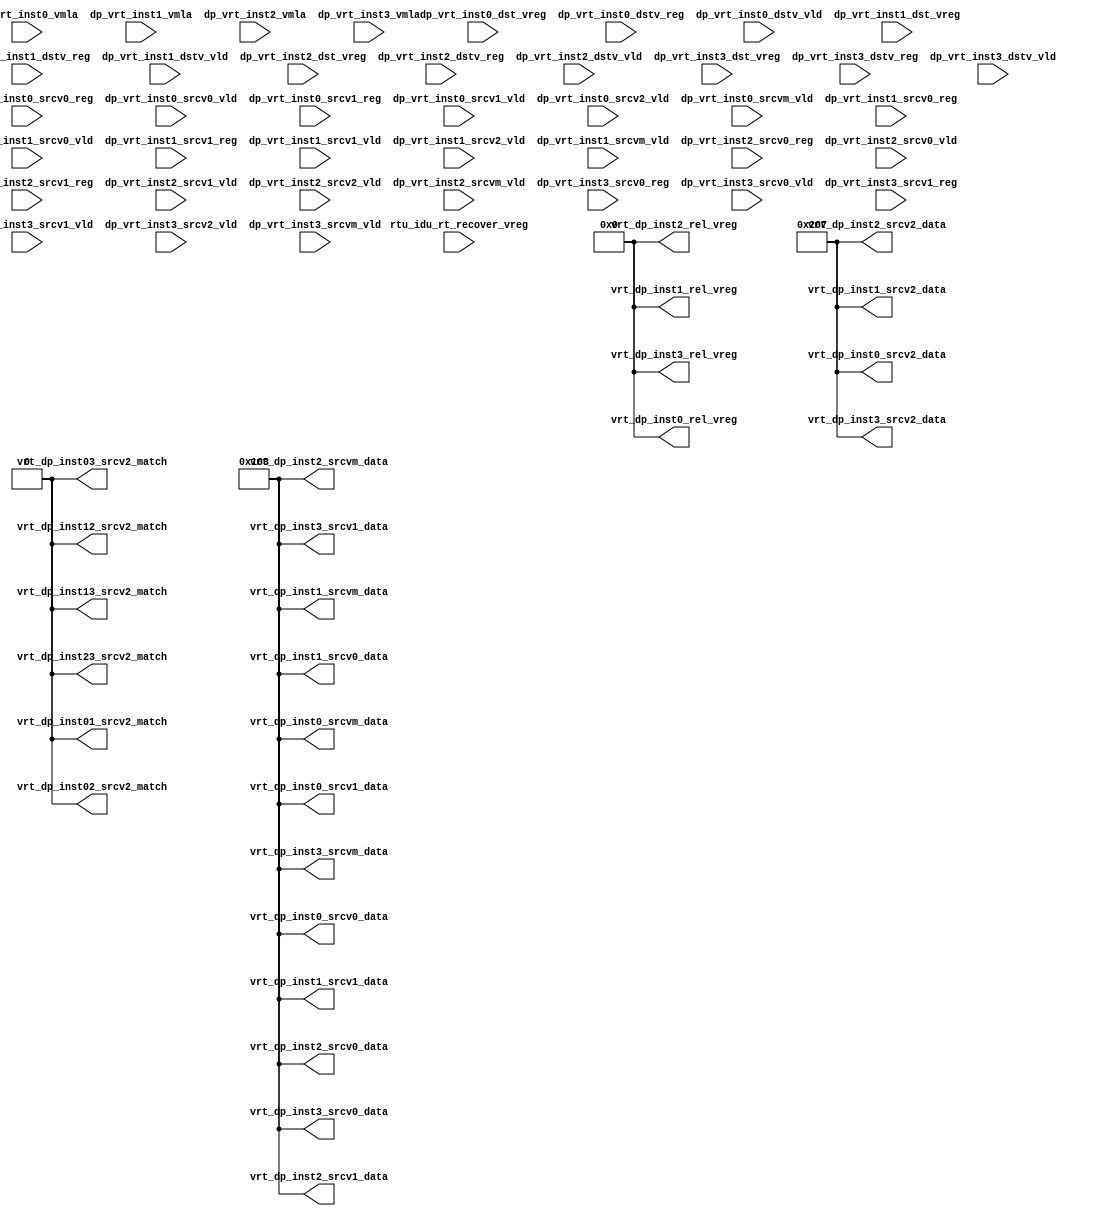
/*Copyright 2019-2021 T-Head Semiconductor Co., Ltd.

Licensed under the Apache License, Version 2.0 (the "License");
you may not use this file except in compliance with the License.
You may obtain a copy of the License at

    http://www.apache.org/licenses/LICENSE-2.0

Unless required by applicable law or agreed to in writing, software
distributed under the License is distributed on an "AS IS" BASIS,
WITHOUT WARRANTIES OR CONDITIONS OF ANY KIND, either express or implied.
See the License for the specific language governing permissions and
limitations under the License.
*/

// &ModuleBeg; @25
module ct_idu_ir_vrt(
  dp_vrt_inst0_dst_vreg,
  dp_vrt_inst0_dstv_reg,
  dp_vrt_inst0_dstv_vld,
  dp_vrt_inst0_srcv0_reg,
  dp_vrt_inst0_srcv0_vld,
  dp_vrt_inst0_srcv1_reg,
  dp_vrt_inst0_srcv1_vld,
  dp_vrt_inst0_srcv2_vld,
  dp_vrt_inst0_srcvm_vld,
  dp_vrt_inst0_vmla,
  dp_vrt_inst1_dst_vreg,
  dp_vrt_inst1_dstv_reg,
  dp_vrt_inst1_dstv_vld,
  dp_vrt_inst1_srcv0_reg,
  dp_vrt_inst1_srcv0_vld,
  dp_vrt_inst1_srcv1_reg,
  dp_vrt_inst1_srcv1_vld,
  dp_vrt_inst1_srcv2_vld,
  dp_vrt_inst1_srcvm_vld,
  dp_vrt_inst1_vmla,
  dp_vrt_inst2_dst_vreg,
  dp_vrt_inst2_dstv_reg,
  dp_vrt_inst2_dstv_vld,
  dp_vrt_inst2_srcv0_reg,
  dp_vrt_inst2_srcv0_vld,
  dp_vrt_inst2_srcv1_reg,
  dp_vrt_inst2_srcv1_vld,
  dp_vrt_inst2_srcv2_vld,
  dp_vrt_inst2_srcvm_vld,
  dp_vrt_inst2_vmla,
  dp_vrt_inst3_dst_vreg,
  dp_vrt_inst3_dstv_reg,
  dp_vrt_inst3_dstv_vld,
  dp_vrt_inst3_srcv0_reg,
  dp_vrt_inst3_srcv0_vld,
  dp_vrt_inst3_srcv1_reg,
  dp_vrt_inst3_srcv1_vld,
  dp_vrt_inst3_srcv2_vld,
  dp_vrt_inst3_srcvm_vld,
  dp_vrt_inst3_vmla,
  rtu_idu_rt_recover_vreg,
  vrt_dp_inst01_srcv2_match,
  vrt_dp_inst02_srcv2_match,
  vrt_dp_inst03_srcv2_match,
  vrt_dp_inst0_rel_vreg,
  vrt_dp_inst0_srcv0_data,
  vrt_dp_inst0_srcv1_data,
  vrt_dp_inst0_srcv2_data,
  vrt_dp_inst0_srcvm_data,
  vrt_dp_inst12_srcv2_match,
  vrt_dp_inst13_srcv2_match,
  vrt_dp_inst1_rel_vreg,
  vrt_dp_inst1_srcv0_data,
  vrt_dp_inst1_srcv1_data,
  vrt_dp_inst1_srcv2_data,
  vrt_dp_inst1_srcvm_data,
  vrt_dp_inst23_srcv2_match,
  vrt_dp_inst2_rel_vreg,
  vrt_dp_inst2_srcv0_data,
  vrt_dp_inst2_srcv1_data,
  vrt_dp_inst2_srcv2_data,
  vrt_dp_inst2_srcvm_data,
  vrt_dp_inst3_rel_vreg,
  vrt_dp_inst3_srcv0_data,
  vrt_dp_inst3_srcv1_data,
  vrt_dp_inst3_srcv2_data,
  vrt_dp_inst3_srcvm_data
);

// &Ports; @26
input   [5  :0]  dp_vrt_inst0_dst_vreg;    
input   [5  :0]  dp_vrt_inst0_dstv_reg;    
input            dp_vrt_inst0_dstv_vld;    
input   [5  :0]  dp_vrt_inst0_srcv0_reg;   
input            dp_vrt_inst0_srcv0_vld;   
input   [5  :0]  dp_vrt_inst0_srcv1_reg;   
input            dp_vrt_inst0_srcv1_vld;   
input            dp_vrt_inst0_srcv2_vld;   
input            dp_vrt_inst0_srcvm_vld;   
input            dp_vrt_inst0_vmla;        
input   [5  :0]  dp_vrt_inst1_dst_vreg;    
input   [5  :0]  dp_vrt_inst1_dstv_reg;    
input            dp_vrt_inst1_dstv_vld;    
input   [5  :0]  dp_vrt_inst1_srcv0_reg;   
input            dp_vrt_inst1_srcv0_vld;   
input   [5  :0]  dp_vrt_inst1_srcv1_reg;   
input            dp_vrt_inst1_srcv1_vld;   
input            dp_vrt_inst1_srcv2_vld;   
input            dp_vrt_inst1_srcvm_vld;   
input            dp_vrt_inst1_vmla;        
input   [5  :0]  dp_vrt_inst2_dst_vreg;    
input   [5  :0]  dp_vrt_inst2_dstv_reg;    
input            dp_vrt_inst2_dstv_vld;    
input   [5  :0]  dp_vrt_inst2_srcv0_reg;   
input            dp_vrt_inst2_srcv0_vld;   
input   [5  :0]  dp_vrt_inst2_srcv1_reg;   
input            dp_vrt_inst2_srcv1_vld;   
input            dp_vrt_inst2_srcv2_vld;   
input            dp_vrt_inst2_srcvm_vld;   
input            dp_vrt_inst2_vmla;        
input   [5  :0]  dp_vrt_inst3_dst_vreg;    
input   [5  :0]  dp_vrt_inst3_dstv_reg;    
input            dp_vrt_inst3_dstv_vld;    
input   [5  :0]  dp_vrt_inst3_srcv0_reg;   
input            dp_vrt_inst3_srcv0_vld;   
input   [5  :0]  dp_vrt_inst3_srcv1_reg;   
input            dp_vrt_inst3_srcv1_vld;   
input            dp_vrt_inst3_srcv2_vld;   
input            dp_vrt_inst3_srcvm_vld;   
input            dp_vrt_inst3_vmla;        
input   [191:0]  rtu_idu_rt_recover_vreg;  
output           vrt_dp_inst01_srcv2_match; 
output           vrt_dp_inst02_srcv2_match; 
output           vrt_dp_inst03_srcv2_match; 
output  [6  :0]  vrt_dp_inst0_rel_vreg;    
output  [8  :0]  vrt_dp_inst0_srcv0_data;  
output  [8  :0]  vrt_dp_inst0_srcv1_data;  
output  [9  :0]  vrt_dp_inst0_srcv2_data;  
output  [8  :0]  vrt_dp_inst0_srcvm_data;  
output           vrt_dp_inst12_srcv2_match; 
output           vrt_dp_inst13_srcv2_match; 
output  [6  :0]  vrt_dp_inst1_rel_vreg;    
output  [8  :0]  vrt_dp_inst1_srcv0_data;  
output  [8  :0]  vrt_dp_inst1_srcv1_data;  
output  [9  :0]  vrt_dp_inst1_srcv2_data;  
output  [8  :0]  vrt_dp_inst1_srcvm_data;  
output           vrt_dp_inst23_srcv2_match; 
output  [6  :0]  vrt_dp_inst2_rel_vreg;    
output  [8  :0]  vrt_dp_inst2_srcv0_data;  
output  [8  :0]  vrt_dp_inst2_srcv1_data;  
output  [9  :0]  vrt_dp_inst2_srcv2_data;  
output  [8  :0]  vrt_dp_inst2_srcvm_data;  
output  [6  :0]  vrt_dp_inst3_rel_vreg;    
output  [8  :0]  vrt_dp_inst3_srcv0_data;  
output  [8  :0]  vrt_dp_inst3_srcv1_data;  
output  [9  :0]  vrt_dp_inst3_srcv2_data;  
output  [8  :0]  vrt_dp_inst3_srcvm_data;  

// &Regs; @27

// &Wires; @28
wire             vrt_dp_inst01_srcv2_match; 
wire             vrt_dp_inst02_srcv2_match; 
wire             vrt_dp_inst03_srcv2_match; 
wire    [6  :0]  vrt_dp_inst0_rel_vreg;    
wire    [8  :0]  vrt_dp_inst0_srcv0_data;  
wire    [8  :0]  vrt_dp_inst0_srcv1_data;  
wire    [9  :0]  vrt_dp_inst0_srcv2_data;  
wire    [8  :0]  vrt_dp_inst0_srcvm_data;  
wire             vrt_dp_inst12_srcv2_match; 
wire             vrt_dp_inst13_srcv2_match; 
wire    [6  :0]  vrt_dp_inst1_rel_vreg;    
wire    [8  :0]  vrt_dp_inst1_srcv0_data;  
wire    [8  :0]  vrt_dp_inst1_srcv1_data;  
wire    [9  :0]  vrt_dp_inst1_srcv2_data;  
wire    [8  :0]  vrt_dp_inst1_srcvm_data;  
wire             vrt_dp_inst23_srcv2_match; 
wire    [6  :0]  vrt_dp_inst2_rel_vreg;    
wire    [8  :0]  vrt_dp_inst2_srcv0_data;  
wire    [8  :0]  vrt_dp_inst2_srcv1_data;  
wire    [9  :0]  vrt_dp_inst2_srcv2_data;  
wire    [8  :0]  vrt_dp_inst2_srcvm_data;  
wire    [6  :0]  vrt_dp_inst3_rel_vreg;    
wire    [8  :0]  vrt_dp_inst3_srcv0_data;  
wire    [8  :0]  vrt_dp_inst3_srcv1_data;  
wire    [9  :0]  vrt_dp_inst3_srcv2_data;  
wire    [8  :0]  vrt_dp_inst3_srcvm_data;  


// &Force("bus","dp_rt_dep_info",DEP_WIDTH-1,0); @57
// &Instance("gated_clk_cell", "x_vrt_gated_clk"); @73
// &Connect(.clk_in      (forever_cpuclk), @74
//          .external_en (1'b0), @75
//          .global_en   (cp0_yy_clk_en), @76
//          .module_en   (cp0_idu_icg_en), @77
//          .local_en    (vrt_clk_en), @78
//          .clk_out     (vrt_top_clk)); @79
// &ConnRule(s/^x_/reg_0_/); @85
// &Instance("ct_idu_dep_vreg_srcv2_entry","x_ct_idu_ir_vrt_entry_vreg_0"); @86
// &Connect(.forever_cpuclk(vrt_top_clk)); @87
// &ConnRule(s/^x_/reg_1_/); @88
// &Instance("ct_idu_dep_vreg_srcv2_entry","x_ct_idu_ir_vrt_entry_vreg_1"); @89
// &Connect(.forever_cpuclk(vrt_top_clk)); @90
// &ConnRule(s/^x_/reg_2_/); @91
// &Instance("ct_idu_dep_vreg_srcv2_entry","x_ct_idu_ir_vrt_entry_vreg_2"); @92
// &Connect(.forever_cpuclk(vrt_top_clk)); @93
// &ConnRule(s/^x_/reg_3_/); @94
// &Instance("ct_idu_dep_vreg_srcv2_entry","x_ct_idu_ir_vrt_entry_vreg_3"); @95
// &Connect(.forever_cpuclk(vrt_top_clk)); @96
// &ConnRule(s/^x_/reg_4_/); @97
// &Instance("ct_idu_dep_vreg_srcv2_entry","x_ct_idu_ir_vrt_entry_vreg_4"); @98
// &Connect(.forever_cpuclk(vrt_top_clk)); @99
// &ConnRule(s/^x_/reg_5_/); @100
// &Instance("ct_idu_dep_vreg_srcv2_entry","x_ct_idu_ir_vrt_entry_vreg_5"); @101
// &Connect(.forever_cpuclk(vrt_top_clk)); @102
// &ConnRule(s/^x_/reg_6_/); @103
// &Instance("ct_idu_dep_vreg_srcv2_entry","x_ct_idu_ir_vrt_entry_vreg_6"); @104
// &Connect(.forever_cpuclk(vrt_top_clk)); @105
// &ConnRule(s/^x_/reg_7_/); @106
// &Instance("ct_idu_dep_vreg_srcv2_entry","x_ct_idu_ir_vrt_entry_vreg_7"); @107
// &Connect(.forever_cpuclk(vrt_top_clk)); @108
// &ConnRule(s/^x_/reg_8_/); @109
// &Instance("ct_idu_dep_vreg_srcv2_entry","x_ct_idu_ir_vrt_entry_vreg_8"); @110
// &Connect(.forever_cpuclk(vrt_top_clk)); @111
// &ConnRule(s/^x_/reg_9_/); @112
// &Instance("ct_idu_dep_vreg_srcv2_entry","x_ct_idu_ir_vrt_entry_vreg_9"); @113
// &Connect(.forever_cpuclk(vrt_top_clk)); @114
// &ConnRule(s/^x_/reg_10_/); @115
// &Instance("ct_idu_dep_vreg_srcv2_entry","x_ct_idu_ir_vrt_entry_vreg_10"); @116
// &Connect(.forever_cpuclk(vrt_top_clk)); @117
// &ConnRule(s/^x_/reg_11_/); @118
// &Instance("ct_idu_dep_vreg_srcv2_entry","x_ct_idu_ir_vrt_entry_vreg_11"); @119
// &Connect(.forever_cpuclk(vrt_top_clk)); @120
// &ConnRule(s/^x_/reg_12_/); @121
// &Instance("ct_idu_dep_vreg_srcv2_entry","x_ct_idu_ir_vrt_entry_vreg_12"); @122
// &Connect(.forever_cpuclk(vrt_top_clk)); @123
// &ConnRule(s/^x_/reg_13_/); @124
// &Instance("ct_idu_dep_vreg_srcv2_entry","x_ct_idu_ir_vrt_entry_vreg_13"); @125
// &Connect(.forever_cpuclk(vrt_top_clk)); @126
// &ConnRule(s/^x_/reg_14_/); @127
// &Instance("ct_idu_dep_vreg_srcv2_entry","x_ct_idu_ir_vrt_entry_vreg_14"); @128
// &Connect(.forever_cpuclk(vrt_top_clk)); @129
// &ConnRule(s/^x_/reg_15_/); @130
// &Instance("ct_idu_dep_vreg_srcv2_entry","x_ct_idu_ir_vrt_entry_vreg_15"); @131
// &Connect(.forever_cpuclk(vrt_top_clk)); @132
// &ConnRule(s/^x_/reg_16_/); @133
// &Instance("ct_idu_dep_vreg_srcv2_entry","x_ct_idu_ir_vrt_entry_vreg_16"); @134
// &Connect(.forever_cpuclk(vrt_top_clk)); @135
// &ConnRule(s/^x_/reg_17_/); @136
// &Instance("ct_idu_dep_vreg_srcv2_entry","x_ct_idu_ir_vrt_entry_vreg_17"); @137
// &Connect(.forever_cpuclk(vrt_top_clk)); @138
// &ConnRule(s/^x_/reg_18_/); @139
// &Instance("ct_idu_dep_vreg_srcv2_entry","x_ct_idu_ir_vrt_entry_vreg_18"); @140
// &Connect(.forever_cpuclk(vrt_top_clk)); @141
// &ConnRule(s/^x_/reg_19_/); @142
// &Instance("ct_idu_dep_vreg_srcv2_entry","x_ct_idu_ir_vrt_entry_vreg_19"); @143
// &Connect(.forever_cpuclk(vrt_top_clk)); @144
// &ConnRule(s/^x_/reg_20_/); @145
// &Instance("ct_idu_dep_vreg_srcv2_entry","x_ct_idu_ir_vrt_entry_vreg_20"); @146
// &Connect(.forever_cpuclk(vrt_top_clk)); @147
// &ConnRule(s/^x_/reg_21_/); @148
// &Instance("ct_idu_dep_vreg_srcv2_entry","x_ct_idu_ir_vrt_entry_vreg_21"); @149
// &Connect(.forever_cpuclk(vrt_top_clk)); @150
// &ConnRule(s/^x_/reg_22_/); @151
// &Instance("ct_idu_dep_vreg_srcv2_entry","x_ct_idu_ir_vrt_entry_vreg_22"); @152
// &Connect(.forever_cpuclk(vrt_top_clk)); @153
// &ConnRule(s/^x_/reg_23_/); @154
// &Instance("ct_idu_dep_vreg_srcv2_entry","x_ct_idu_ir_vrt_entry_vreg_23"); @155
// &Connect(.forever_cpuclk(vrt_top_clk)); @156
// &ConnRule(s/^x_/reg_24_/); @157
// &Instance("ct_idu_dep_vreg_srcv2_entry","x_ct_idu_ir_vrt_entry_vreg_24"); @158
// &Connect(.forever_cpuclk(vrt_top_clk)); @159
// &ConnRule(s/^x_/reg_25_/); @160
// &Instance("ct_idu_dep_vreg_srcv2_entry","x_ct_idu_ir_vrt_entry_vreg_25"); @161
// &Connect(.forever_cpuclk(vrt_top_clk)); @162
// &ConnRule(s/^x_/reg_26_/); @163
// &Instance("ct_idu_dep_vreg_srcv2_entry","x_ct_idu_ir_vrt_entry_vreg_26"); @164
// &Connect(.forever_cpuclk(vrt_top_clk)); @165
// &ConnRule(s/^x_/reg_27_/); @166
// &Instance("ct_idu_dep_vreg_srcv2_entry","x_ct_idu_ir_vrt_entry_vreg_27"); @167
// &Connect(.forever_cpuclk(vrt_top_clk)); @168
// &ConnRule(s/^x_/reg_28_/); @169
// &Instance("ct_idu_dep_vreg_srcv2_entry","x_ct_idu_ir_vrt_entry_vreg_28"); @170
// &Connect(.forever_cpuclk(vrt_top_clk)); @171
// &ConnRule(s/^x_/reg_29_/); @172
// &Instance("ct_idu_dep_vreg_srcv2_entry","x_ct_idu_ir_vrt_entry_vreg_29"); @173
// &Connect(.forever_cpuclk(vrt_top_clk)); @174
// &ConnRule(s/^x_/reg_30_/); @175
// &Instance("ct_idu_dep_vreg_srcv2_entry","x_ct_idu_ir_vrt_entry_vreg_30"); @176
// &Connect(.forever_cpuclk(vrt_top_clk)); @177
// &ConnRule(s/^x_/reg_31_/); @178
// &Instance("ct_idu_dep_vreg_srcv2_entry","x_ct_idu_ir_vrt_entry_vreg_31"); @179
// &Connect(.forever_cpuclk(vrt_top_clk)); @180
// &ConnRule(s/^x_/reg_32_/); @181
// &Instance("ct_idu_dep_vreg_srcv2_entry","x_ct_idu_ir_vrt_entry_vreg_32"); @182
// &Connect(.forever_cpuclk(vrt_top_clk)); @183
// &ConnRule(s/^x_/reg_33_/); @184
// &Instance("ct_idu_dep_vreg_srcv2_entry","x_ct_idu_ir_vrt_entry_vreg_33"); @185
// &Connect(.forever_cpuclk(vrt_top_clk)); @186
// &ConnRule(s/^x_num/dp_vrt_inst0_dstv_reg_lsb/); @314
// &Instance("ct_rtu_expand_32","x_ct_rtu_expand_32_dp_vrt_inst0_dstv_reg_lsb"); @315
// &ConnRule(s/^x_num/dp_vrt_inst1_dstv_reg_lsb/); @316
// &Instance("ct_rtu_expand_32","x_ct_rtu_expand_32_dp_vrt_inst1_dstv_reg_lsb"); @317
// &ConnRule(s/^x_num/dp_vrt_inst2_dstv_reg_lsb/); @318
// &Instance("ct_rtu_expand_32","x_ct_rtu_expand_32_dp_vrt_inst2_dstv_reg_lsb"); @319
// &ConnRule(s/^x_num/dp_vrt_inst3_dstv_reg_lsb/); @320
// &Instance("ct_rtu_expand_32","x_ct_rtu_expand_32_dp_vrt_inst3_dstv_reg_lsb"); @321
// &CombBeg; @537
// &CombEnd; @548
// &CombBeg; @549
// &CombEnd; @560
// &CombBeg; @561
// &CombEnd; @572
// &CombBeg; @573
// &CombEnd; @584
// &CombBeg; @585
// &CombEnd; @596
// &CombBeg; @597
// &CombEnd; @608
// &CombBeg; @609
// &CombEnd; @620
// &CombBeg; @621
// &CombEnd; @632
// &CombBeg; @633
// &CombEnd; @644
// &CombBeg; @645
// &CombEnd; @656
// &CombBeg; @657
// &CombEnd; @668
// &CombBeg; @669
// &CombEnd; @680
// &CombBeg; @681
// &CombEnd; @692
// &CombBeg; @693
// &CombEnd; @704
// &CombBeg; @705
// &CombEnd; @716
// &CombBeg; @717
// &CombEnd; @728
// &CombBeg; @729
// &CombEnd; @740
// &CombBeg; @741
// &CombEnd; @752
// &CombBeg; @753
// &CombEnd; @764
// &CombBeg; @765
// &CombEnd; @776
// &CombBeg; @777
// &CombEnd; @788
// &CombBeg; @789
// &CombEnd; @800
// &CombBeg; @801
// &CombEnd; @812
// &CombBeg; @813
// &CombEnd; @824
// &CombBeg; @825
// &CombEnd; @836
// &CombBeg; @837
// &CombEnd; @848
// &CombBeg; @849
// &CombEnd; @860
// &CombBeg; @861
// &CombEnd; @872
// &CombBeg; @873
// &CombEnd; @884
// &CombBeg; @885
// &CombEnd; @896
// &CombBeg; @897
// &CombEnd; @908
// &CombBeg; @909
// &CombEnd; @920
// &CombBeg; @921
// &CombEnd; @932
// &CombBeg; @933
// &CombEnd; @944
// &CombBeg; @988
// &CombEnd; @1026
// &CombBeg; @1039
// &CombEnd; @1077
// &CombBeg; @1090
// &CombEnd; @1128
// &CombBeg; @1167
// &CombEnd; @1205
// &CombBeg; @1222
// &CombEnd; @1235
// &CombBeg; @1238
// &CombEnd; @1276
// &CombBeg; @1295
// &CombEnd; @1308
// &CombBeg; @1311
// &CombEnd; @1349
// &CombBeg; @1368
// &CombEnd; @1389
// &CombBeg; @1408
// &CombEnd; @1421
// &CombBeg; @1439
// &CombEnd; @1446
// &CombBeg; @1452
// &CombEnd; @1490
// &CombBeg; @1512
// &CombEnd; @1530
// &CombBeg; @1533
// &CombEnd; @1571
// &CombBeg; @1592
// &CombEnd; @1610
// &CombBeg; @1613
// &CombEnd; @1651
// &CombBeg; @1672
// &CombEnd; @1704
// &CombBeg; @1725
// &CombEnd; @1743
// &CombBeg; @1760
// &CombEnd; @1769
// &CombBeg; @1775
// &CombEnd; @1813
// &CombBeg; @1842
// &CombEnd; @1865
// &CombBeg; @1868
// &CombEnd; @1906
// &CombBeg; @1932
// &CombEnd; @1955
// &CombBeg; @1958
// &CombEnd; @1996
// &CombBeg; @2022
// &CombEnd; @2067
// &CombBeg; @2093
// &CombEnd; @2116
// &CombBeg; @2137
// &CombEnd; @2148
// &Force("input","dp_vrt_inst0_dst_vreg"); @2151
// &Force("input","dp_vrt_inst0_dstv_reg"); @2152
// &Force("input","dp_vrt_inst0_dstv_vld"); @2153
// &Force("input","dp_vrt_inst0_srcv0_reg"); @2154
// &Force("input","dp_vrt_inst0_srcv0_vld"); @2155
// &Force("input","dp_vrt_inst0_srcv1_reg"); @2156
// &Force("input","dp_vrt_inst0_srcv1_vld"); @2157
// &Force("input","dp_vrt_inst0_srcv2_vld"); @2158
// &Force("input","dp_vrt_inst0_srcvm_vld"); @2159
// &Force("input","dp_vrt_inst0_vmla"); @2160
// &Force("input","dp_vrt_inst1_dst_vreg"); @2161
// &Force("input","dp_vrt_inst1_dstv_reg"); @2162
// &Force("input","dp_vrt_inst1_dstv_vld"); @2163
// &Force("input","dp_vrt_inst1_srcv0_reg"); @2164
// &Force("input","dp_vrt_inst1_srcv0_vld"); @2165
// &Force("input","dp_vrt_inst1_srcv1_reg"); @2166
// &Force("input","dp_vrt_inst1_srcv1_vld"); @2167
// &Force("input","dp_vrt_inst1_srcv2_vld"); @2168
// &Force("input","dp_vrt_inst1_srcvm_vld"); @2169
// &Force("input","dp_vrt_inst1_vmla"); @2170
// &Force("input","dp_vrt_inst2_dst_vreg"); @2171
// &Force("input","dp_vrt_inst2_dstv_reg"); @2172
// &Force("input","dp_vrt_inst2_dstv_vld"); @2173
// &Force("input","dp_vrt_inst2_srcv0_reg"); @2174
// &Force("input","dp_vrt_inst2_srcv0_vld"); @2175
// &Force("input","dp_vrt_inst2_srcv1_reg"); @2176
// &Force("input","dp_vrt_inst2_srcv1_vld"); @2177
// &Force("input","dp_vrt_inst2_srcv2_vld"); @2178
// &Force("input","dp_vrt_inst2_srcvm_vld"); @2179
// &Force("input","dp_vrt_inst2_vmla"); @2180
// &Force("input","dp_vrt_inst3_dst_vreg"); @2181
// &Force("input","dp_vrt_inst3_dstv_reg"); @2182
// &Force("input","dp_vrt_inst3_dstv_vld"); @2183
// &Force("input","dp_vrt_inst3_srcv0_reg"); @2184
// &Force("input","dp_vrt_inst3_srcv0_vld"); @2185
// &Force("input","dp_vrt_inst3_srcv1_reg"); @2186
// &Force("input","dp_vrt_inst3_srcv1_vld"); @2187
// &Force("input","dp_vrt_inst3_srcv2_vld"); @2188
// &Force("input","dp_vrt_inst3_srcvm_vld"); @2189
// &Force("input","dp_vrt_inst3_vmla"); @2190
// &Force("input","rtu_idu_rt_recover_vreg"); @2191

// &Force("bus","dp_vrt_inst0_dst_vreg",5,0); @2193
// &Force("bus","dp_vrt_inst0_dstv_reg",5,0); @2194
// &Force("bus","dp_vrt_inst0_srcv0_reg",5,0); @2195
// &Force("bus","dp_vrt_inst0_srcv1_reg",5,0); @2196
// &Force("bus","dp_vrt_inst1_dst_vreg",5,0); @2197
// &Force("bus","dp_vrt_inst1_dstv_reg",5,0); @2198
// &Force("bus","dp_vrt_inst1_srcv0_reg",5,0); @2199
// &Force("bus","dp_vrt_inst1_srcv1_reg",5,0); @2200
// &Force("bus","dp_vrt_inst2_dst_vreg",5,0); @2201
// &Force("bus","dp_vrt_inst2_dstv_reg",5,0); @2202
// &Force("bus","dp_vrt_inst2_srcv0_reg",5,0); @2203
// &Force("bus","dp_vrt_inst2_srcv1_reg",5,0); @2204
// &Force("bus","dp_vrt_inst3_dst_vreg",5,0); @2205
// &Force("bus","dp_vrt_inst3_dstv_reg",5,0); @2206
// &Force("bus","dp_vrt_inst3_srcv0_reg",5,0); @2207
// &Force("bus","dp_vrt_inst3_srcv1_reg",5,0); @2208
// &Force("bus","rtu_idu_rt_recover_vreg",191,0); @2209

assign vrt_dp_inst01_srcv2_match    = 1'b0;
assign vrt_dp_inst02_srcv2_match    = 1'b0;
assign vrt_dp_inst03_srcv2_match    = 1'b0;
assign vrt_dp_inst0_rel_vreg[6:0]   = 7'b0;
assign vrt_dp_inst0_srcv0_data[8:0] = 9'b100000011;
assign vrt_dp_inst0_srcv1_data[8:0] = 9'b100000011;
assign vrt_dp_inst0_srcv2_data[9:0] = 10'b1000000111;
assign vrt_dp_inst0_srcvm_data[8:0] = 9'b100000011;
assign vrt_dp_inst12_srcv2_match    = 1'b0;
assign vrt_dp_inst13_srcv2_match    = 1'b0;
assign vrt_dp_inst1_rel_vreg[6:0]   = 7'b0;
assign vrt_dp_inst1_srcv0_data[8:0] = 9'b100000011;
assign vrt_dp_inst1_srcv1_data[8:0] = 9'b100000011;
assign vrt_dp_inst1_srcv2_data[9:0] = 10'b1000000111;
assign vrt_dp_inst1_srcvm_data[8:0] = 9'b100000011;
assign vrt_dp_inst23_srcv2_match    = 1'b0;
assign vrt_dp_inst2_rel_vreg[6:0]   = 7'b0;
assign vrt_dp_inst2_srcv0_data[8:0] = 9'b100000011;
assign vrt_dp_inst2_srcv1_data[8:0] = 9'b100000011;
assign vrt_dp_inst2_srcv2_data[9:0] = 10'b1000000111;
assign vrt_dp_inst2_srcvm_data[8:0] = 9'b100000011;
assign vrt_dp_inst3_rel_vreg[6:0]   = 7'b0;
assign vrt_dp_inst3_srcv0_data[8:0] = 9'b100000011;
assign vrt_dp_inst3_srcv1_data[8:0] = 9'b100000011;
assign vrt_dp_inst3_srcv2_data[9:0] = 10'b1000000111;
assign vrt_dp_inst3_srcvm_data[8:0] = 9'b100000011;


// &ModuleEnd; @2240
endmodule